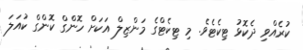
ކުރެއްވި ދެކޮޅު ޓިކެޓެވެ. މި ޓިކެޓްގެ މަންޒިލް އަކަށް ހޮންގް ކޮންގް ކުއަލަ